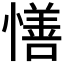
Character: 𢢆